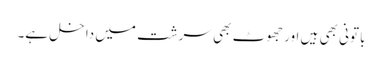
باتونی بھی ہیں اور جھوٹ بھی سرشت میں داخل ہے۔